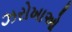
ઝરોખાઓ